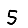
Digit: 5